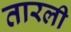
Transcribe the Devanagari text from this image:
तारली